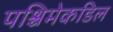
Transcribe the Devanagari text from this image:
पश्चिमेकडिल